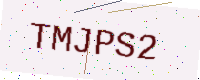
Text: TMJPS2